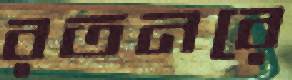
রতনরে